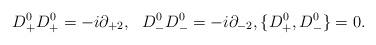
LaTeX: \begin{align*}D^0_+D^0_+=-i\partial_{+2},\ \ D^0_-D^0_-=-i\partial_{-2}, \{D^0_+,D^0_-\}=0.\end{align*}